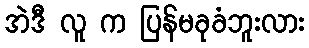
အဲဒီ လူ က ပြန်မခုခံဘူးလား